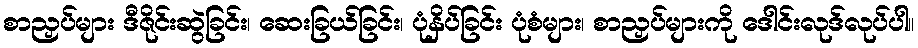
စာညှပ်များ ဒီဇိုင်းဆွဲခြင်း၊ ဆေးခြယ်ခြင်း၊ ပုံနှိပ်ခြင်း ပုံစံများ၊ စာညှပ်များကို ဒေါင်းလုဒ်လုပ်ပါ။